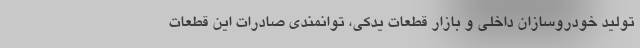
تولید خودروسازان داخلی و بازار قطعات یدکی، توانمندی صادرات این قطعات